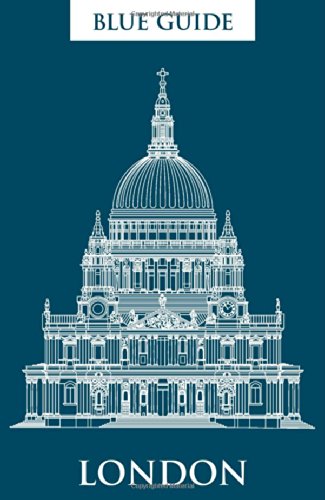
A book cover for Blue Guide London: 18th edition (Eighteenth Edition); Emily Barber; Travel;